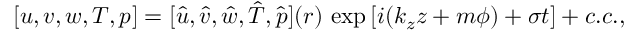
\begin{array} { r } { [ u , v , w , T , p ] = [ \hat { u } , \hat { v } , \hat { w } , \hat { T } , \hat { p } ] ( r ) \, \exp { \left[ i ( k _ { z } z + m \phi ) + \sigma t \right] } + c . c . , } \end{array}